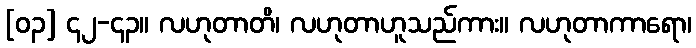
[၀၃] ၄၂-၄၃။ လဟုတာတိ၊ လဟုတာဟူသည်ကား။ လဟုတာကာရော၊